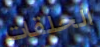
الحلقات